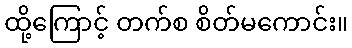
ထို့ကြောင့် တက်စ စိတ်မကောင်း။